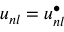
{ u _ { n l } = u _ { n l } ^ { \bullet } }